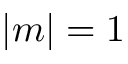
| m | = 1